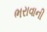
ભરાવાની